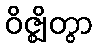
ဝိဇ္ဈိတွာ